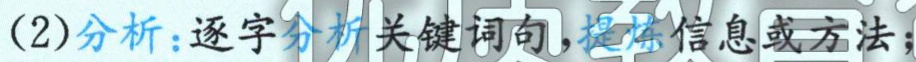
(2)分析：逐字分析关键词句，提炼信息或方法；